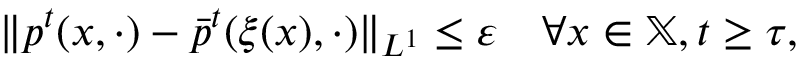
\| p ^ { t } ( x , \cdot ) - \bar { p } ^ { t } ( \xi ( x ) , \cdot ) \| _ { L ^ { 1 } } \leq \varepsilon \quad \forall x \in \mathbb { X } , t \geq \tau ,